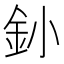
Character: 釥